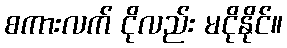
စကားလက် ငိုလည်း မငိုနိုင်။